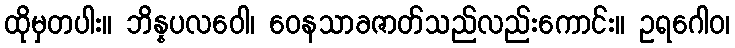
ထိုမှတပါး။ ဘိန္နပလဝေါ၊ ဝေနသာခဇာတ်သည်လည်းကောင်း။ ဥရဂေါဝ၊